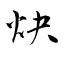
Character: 炔